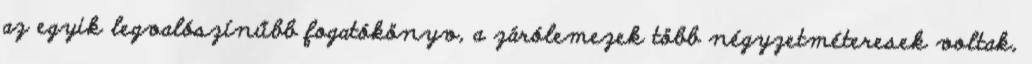
az egyik legvalószínűbb fogatókönyv, a zárólemezek több négyzetméteresek voltak,